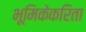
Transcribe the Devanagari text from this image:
भूमिकेकरिता